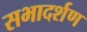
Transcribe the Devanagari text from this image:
सभादर्शण